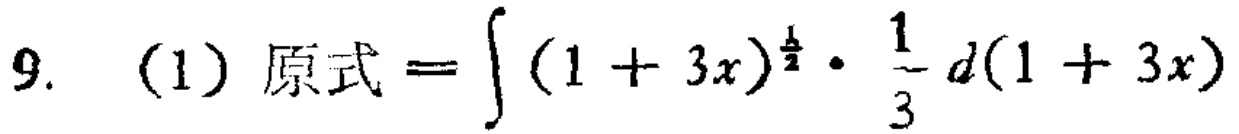
9. (1) 原式\(=\int (1 + 3x)^{\frac{1}{2}}\cdot\frac{1}{3}d(1 + 3x)\)